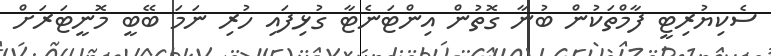
ސެކިޔުރިޓީ ފާމްތަކުން ބުނާ ގޮތުން އިންޓަނެޓާ ގުޅިފައި ހުރި ނަމަ ބޭބީ މޮނީޓަރަށް